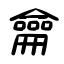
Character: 龠